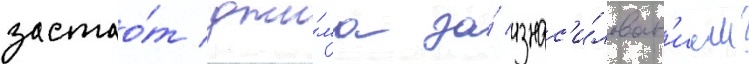
застао́т джи́ма за́ изнас'и́лован'ием